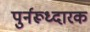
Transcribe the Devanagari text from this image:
पुर्नरूध्दारक